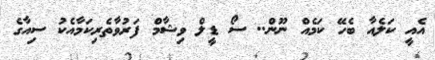
އެއީ ކަލެއާ ބެހޭ ކަމެއް ނޫން.. ސޯ ޑީލް ވިޝާމް ފަރުވާތެރިކަމާއެކު ސިއާގެ